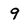
Character: 9